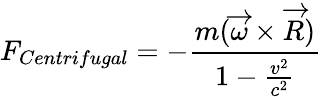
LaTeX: F_{Centrifugal}=-\frac{m(\overrightarrow{\omega}\times\overrightarrow{R})}{1-\frac{v^{2}}{c^{2}}}